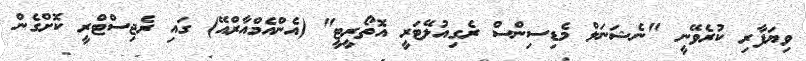
ވިޔަފާރި ކުރެވޭނީ "ނެޝަނަލް މެޑިސިންސް ރެގިއުލޭޓަރީ އޮތޯރީޓީ" (އެންއެމްއާރްއޭ) ގައި ރެޖިސްޓްރީ ކޮށްގެން